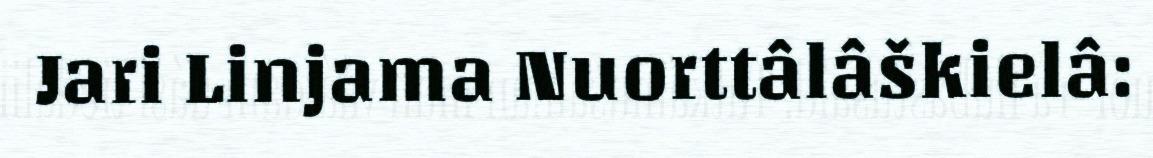
Jari Linjama Nuorttâlâškielâ: